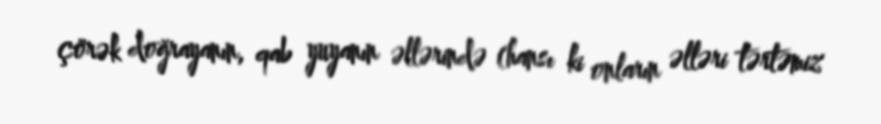
çörək doğrayanın, qab yuyanın əllərində (hansı ki onların əlləri tərtəmiz